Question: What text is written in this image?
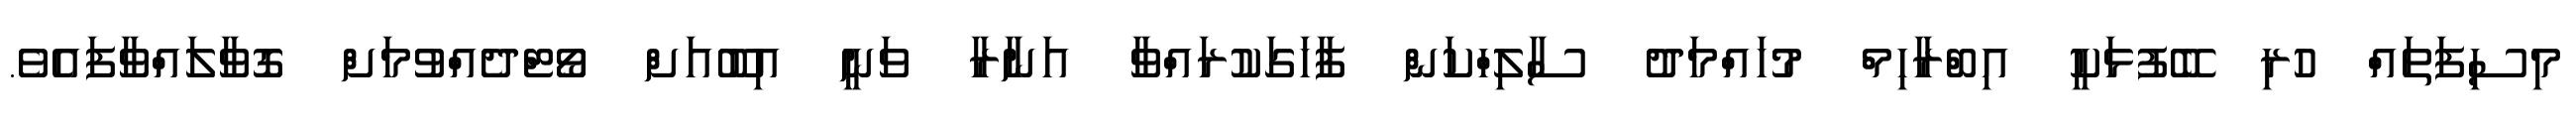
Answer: މިސިފަތައް ހުރި ބޭފުޅަކީ އިބްރާހިމް މުހައްމަދު ސާލިހްކަން ފާހަގަކުރައްވާ އަނާރާ ވަނީ އިބޫއަށް ވޯޓްދެއްވުމަށް ގޮވާލައްވާފައެވެ.